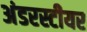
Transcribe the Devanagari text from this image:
अंडरस्टीयर